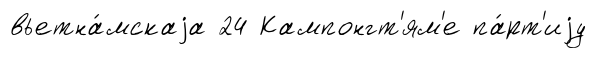
вьетна́мскаjа 24 Кампонгт'ям'е па́рт'иjу